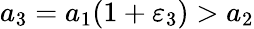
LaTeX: a_{3}=a_{1}(1+\varepsilon_{3})>a_{2}